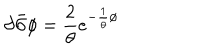
\partial { \bar { \partial } } \phi = \frac { 2 } { \theta } e ^ { - \frac { 1 } { \theta } \phi }